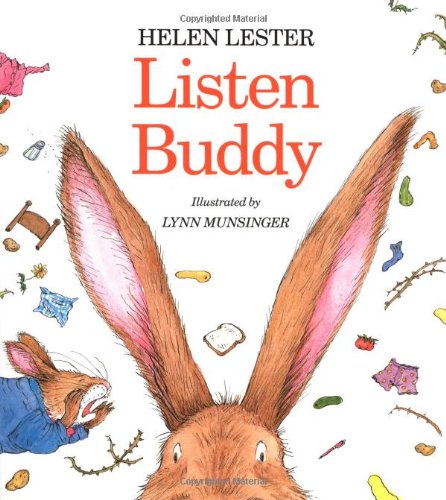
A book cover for Listen, Buddy; Helen Lester; Children's Books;